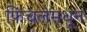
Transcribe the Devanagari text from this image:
फिंचलेमधून